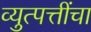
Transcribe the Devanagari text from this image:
व्युत्पत्तींचा